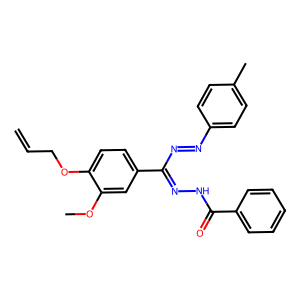
SMILES: C=CCOc1ccc(C(N=Nc2ccc(C)cc2)=NNC(=O)c2ccccc2)cc1OC
Inhibits HIV replication: No